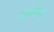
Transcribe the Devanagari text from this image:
सरथाणा